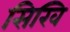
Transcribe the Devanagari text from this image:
सिखि